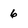
Character: 6